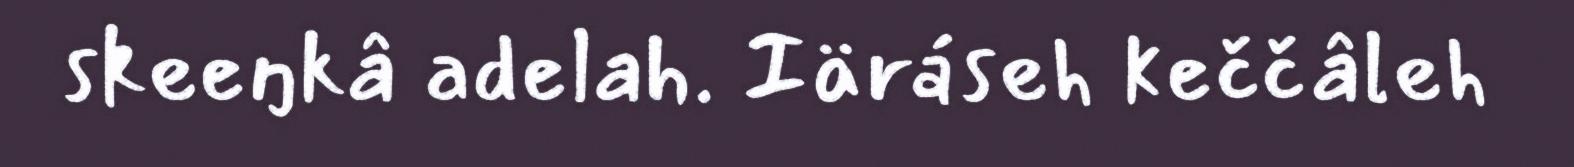
skeeŋkâ adelah. Iäráseh keččâleh